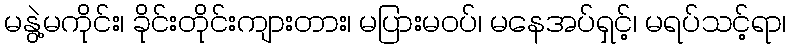
မနွဲ့မကိုင်း၊ ခိုင်းတိုင်းကျားတား၊ မပြားမဝပ်၊ မနေအပ်ရှင့်၊ မရပ်သင့်ရာ၊